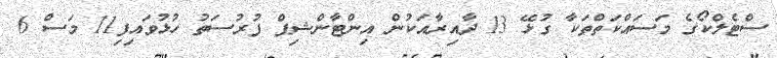
ސްޓެލްކޯގެ މަސައްކަތްތަކާ ގުޅޭ 13 ދާއިރާއަކުން އިންޓާންޝިޕް ފުރުސަތު ހުޅުވައިފި11 މަސް 6